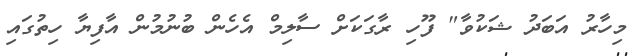
މިހާރު އަބަދު ޝަކުވާ" ފޫހި ރާގަކަށް ސާލިމް އެހެން ބުނުމުން އާފިޔާ ހިތުގައި